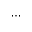
\cdots